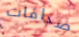
صداقات